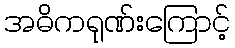
အဓိကရုဏ်းကြောင့်